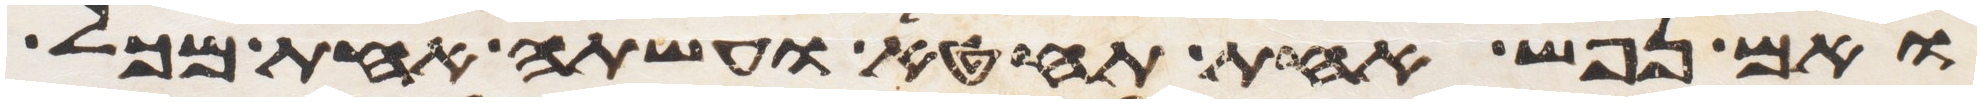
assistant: ואם נפש אחת תחטא ועשתה אחת מכל